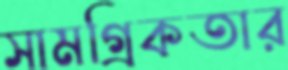
সামগ্রিকতার